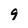
Character: 9